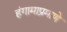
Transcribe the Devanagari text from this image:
हंगामाप्रमाणे